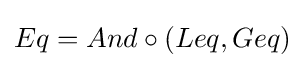
Eq=And\circ (Leq,Geq)